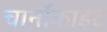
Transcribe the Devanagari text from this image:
चार्नोकाइट